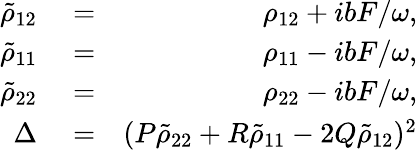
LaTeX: \begin{array}{rlr}{\tilde{\rho}_{12}}&{{}=}&{\rho_{12}+ibF/\omega,}\\ {\tilde{\rho}_{11}}&{{}=}&{\rho_{11}-ibF/\omega,}\\ {\tilde{\rho}_{22}}&{{}=}&{\rho_{22}-ibF/\omega,}\\ {\Delta}&{{}=}&{(P\tilde{\rho}_{22}+R\tilde{\rho}_{11}-2Q\tilde{\rho}_{12})^{2}}\end{array}